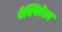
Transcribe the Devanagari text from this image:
ऐस्पिरेटर